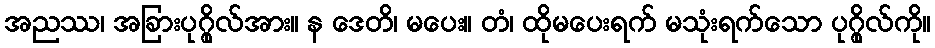
အညဿ၊ အခြားပုဂ္ဂိုလ်အား။ န ဒေတိ၊ မပေး။ တံ၊ ထိုမပေးရက် မသုံးရက်သော ပုဂ္ဂိုလ်ကို။